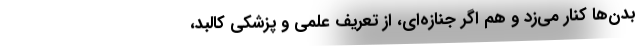
بدن‌ها كنار مي‌زد و هم اگر جنازه‌اي، از تعريف علمي و پزشكي كالبد،